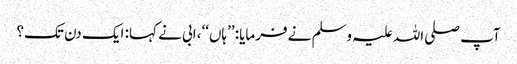
آپ صلی اللہ علیہ وسلم نے فرمایا: ’’ہاں‘‘، ابی نے کہا: ایک دن تک؟